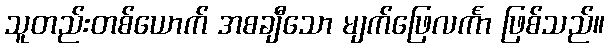
သူတည်းတစ်ယောက် အစချီသော မျက်ဖြေလင်္ကာ ဖြစ်သည်။